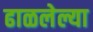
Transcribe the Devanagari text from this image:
ढाळलेल्या